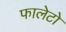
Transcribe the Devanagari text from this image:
फालेटो